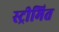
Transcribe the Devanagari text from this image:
स्ट्रीमित